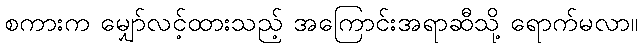
စကားက မျှော်လင့်ထားသည့် အကြောင်းအရာဆီသို့ ရောက်မလာ။